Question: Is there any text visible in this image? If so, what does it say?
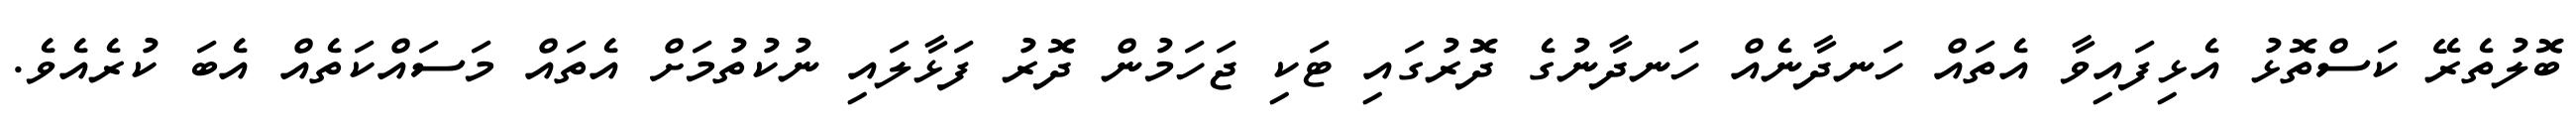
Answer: ބޮލުތެރޭ ކަސްތޮޅު އެޅިފައިވާ އެތައް ހަނދާނެއް ހަނދާނުގެ ދޮރުގައި ޓަކި ޖަހަމުން ދޮރު ފަޅާލައި ނުކުތުމަށް އެތައް މަސައްކަތެއް އެބަ ކުރެއެވެ.